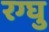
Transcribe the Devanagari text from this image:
रग्घु